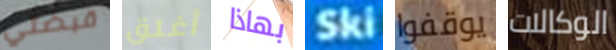
قبضتي أغلق بهاذا Ski يوقفوا الوكالات